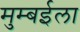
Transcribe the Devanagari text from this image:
मुम्बईला